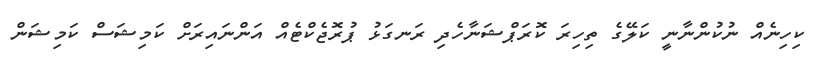
ކިހިނެއް ނުކުންނާނީ ކަލޭގެ ތިހިރަ ކޮރަޕްޝަނާހެދި ރަނގަޅު ޕުރޮޖެކްޓެއް އަންނައިރަށް ކަމިޝަސް ކަމިޝަން